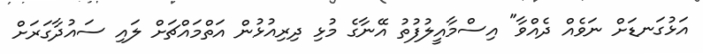
އަޅުގަނޑަށް ނަވެއް ދެއްވާ" އިސްމާއީލުފުތު އޭނާގެ މުޅި ދިރިއުޅުން އަތްމައްޗަށް ލައި ސައުދާގަރަށް